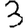
Digit: 3